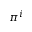
\pi ^ { i }